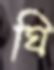
ঘি